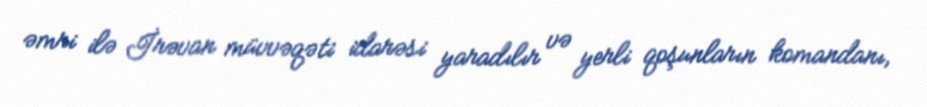
əmri ilə İrəvan müvvəqəti idarəsi yaradılır və yerli qoşunların komandanı,